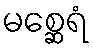
မစ္ဆေရံ